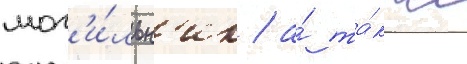
мог'и́льн'ик / а́ та́кже